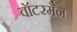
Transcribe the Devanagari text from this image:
वॉटरमैन